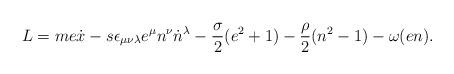
LaTeX: \begin{align*}L=me\dot{x}-s\epsilon_{\mu\nu\lambda}e^{\mu}n^{\nu}\dot{n}{}^{\lambda}-\frac{\sigma}{2}(e^{2}+1)-\frac{\rho}{2}(n^{2}-1)-\omega(en).\end{align*}